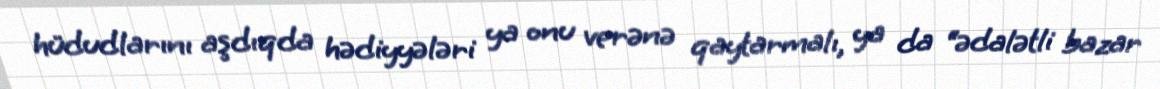
hüdudlarını aşdıqda hədiyyələri ya onu verənə qaytarmalı, ya da “ədalətli bazar